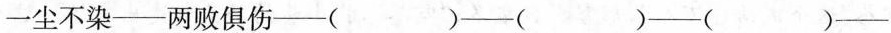
一尘不染—两败俱伤—( )—( )—( )—